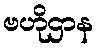
ဗဟိုဌာန